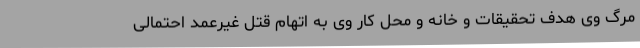
مرگ وی هدف تحقیقات و خانه و محل کار وی به اتهام قتل غیرعمد احتمالی